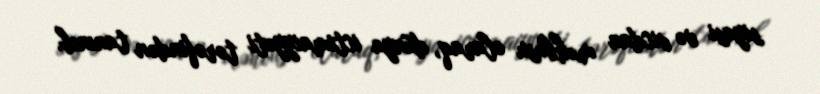
siyasi və vicdan məhbusu olaraq, dünya ictimaiyyəti tərəfindən tanınıb.